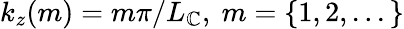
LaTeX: k_{z}(m)=m\pi/L_{\mathbb{C}},~m=\{ 1,2,...\}